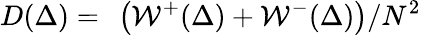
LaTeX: D(\Delta)=~\left(\mathcal{W}^{+}(\Delta)+\mathcal{W}^{-}(\Delta)\right)/N^{2}